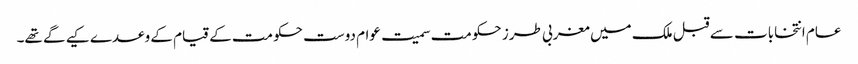
عام انتخابات سے قبل ملک میں مغربی طرز حکومت سمیت عوام دوست حکومت کے قیام کے وعدے کیے گے تھے۔